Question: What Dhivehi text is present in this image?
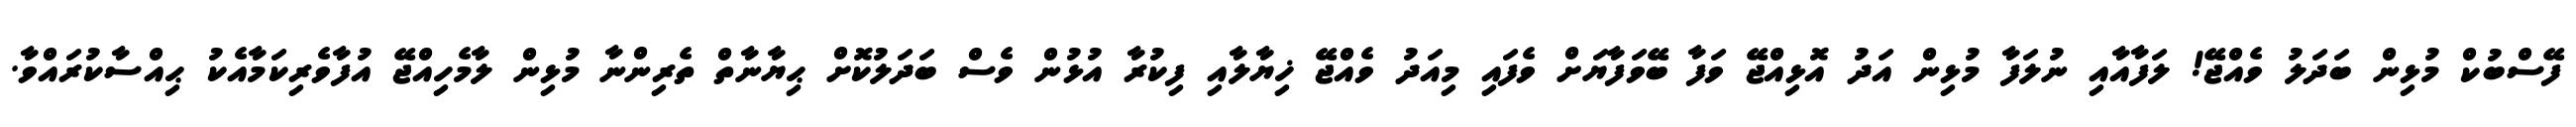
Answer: ފޭސްބުކް މުޅިން ބަދަލު ވެއްޖޭ! ލަފާއާއި ނުލަފާ މުޅިން އަދު އޮޅިއްޖޭ ވަފާ ބޭވަފާޔަށް ވެފައި މިއަދު ވެއްޖޭ ޚިޔާލާއި ފިކުރާ އުޅުން ވެސް ބަދަލުކޮށް ޙިޔާނާތް ތެރިންނާ މުޅިން ލާމެހިއްޖޭ އުފާވެރިކަމާއެކު ޙިއްސާކުރައްވާ.